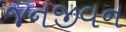
જનજીવન